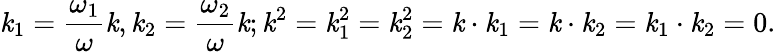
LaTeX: \mathit{k}_{1}={\frac{{\omega_{1}}}{{\omega}}}\mathit{k},\mathit{k}_{2}={\frac{{\omega_{2}}}{{\omega}}}\mathit{k};\mathit{k}^{2}=\mathit{k}_{1}^{2}=\mathit{k}_{2}^{2}=\mathit{k}\cdot\mathit{k}_{1}=\mathit{k}\cdot\mathit{k}_{2}=\mathit{k}_{1}\cdot\mathit{k}_{2}=0.